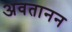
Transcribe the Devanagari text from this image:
अवतानन